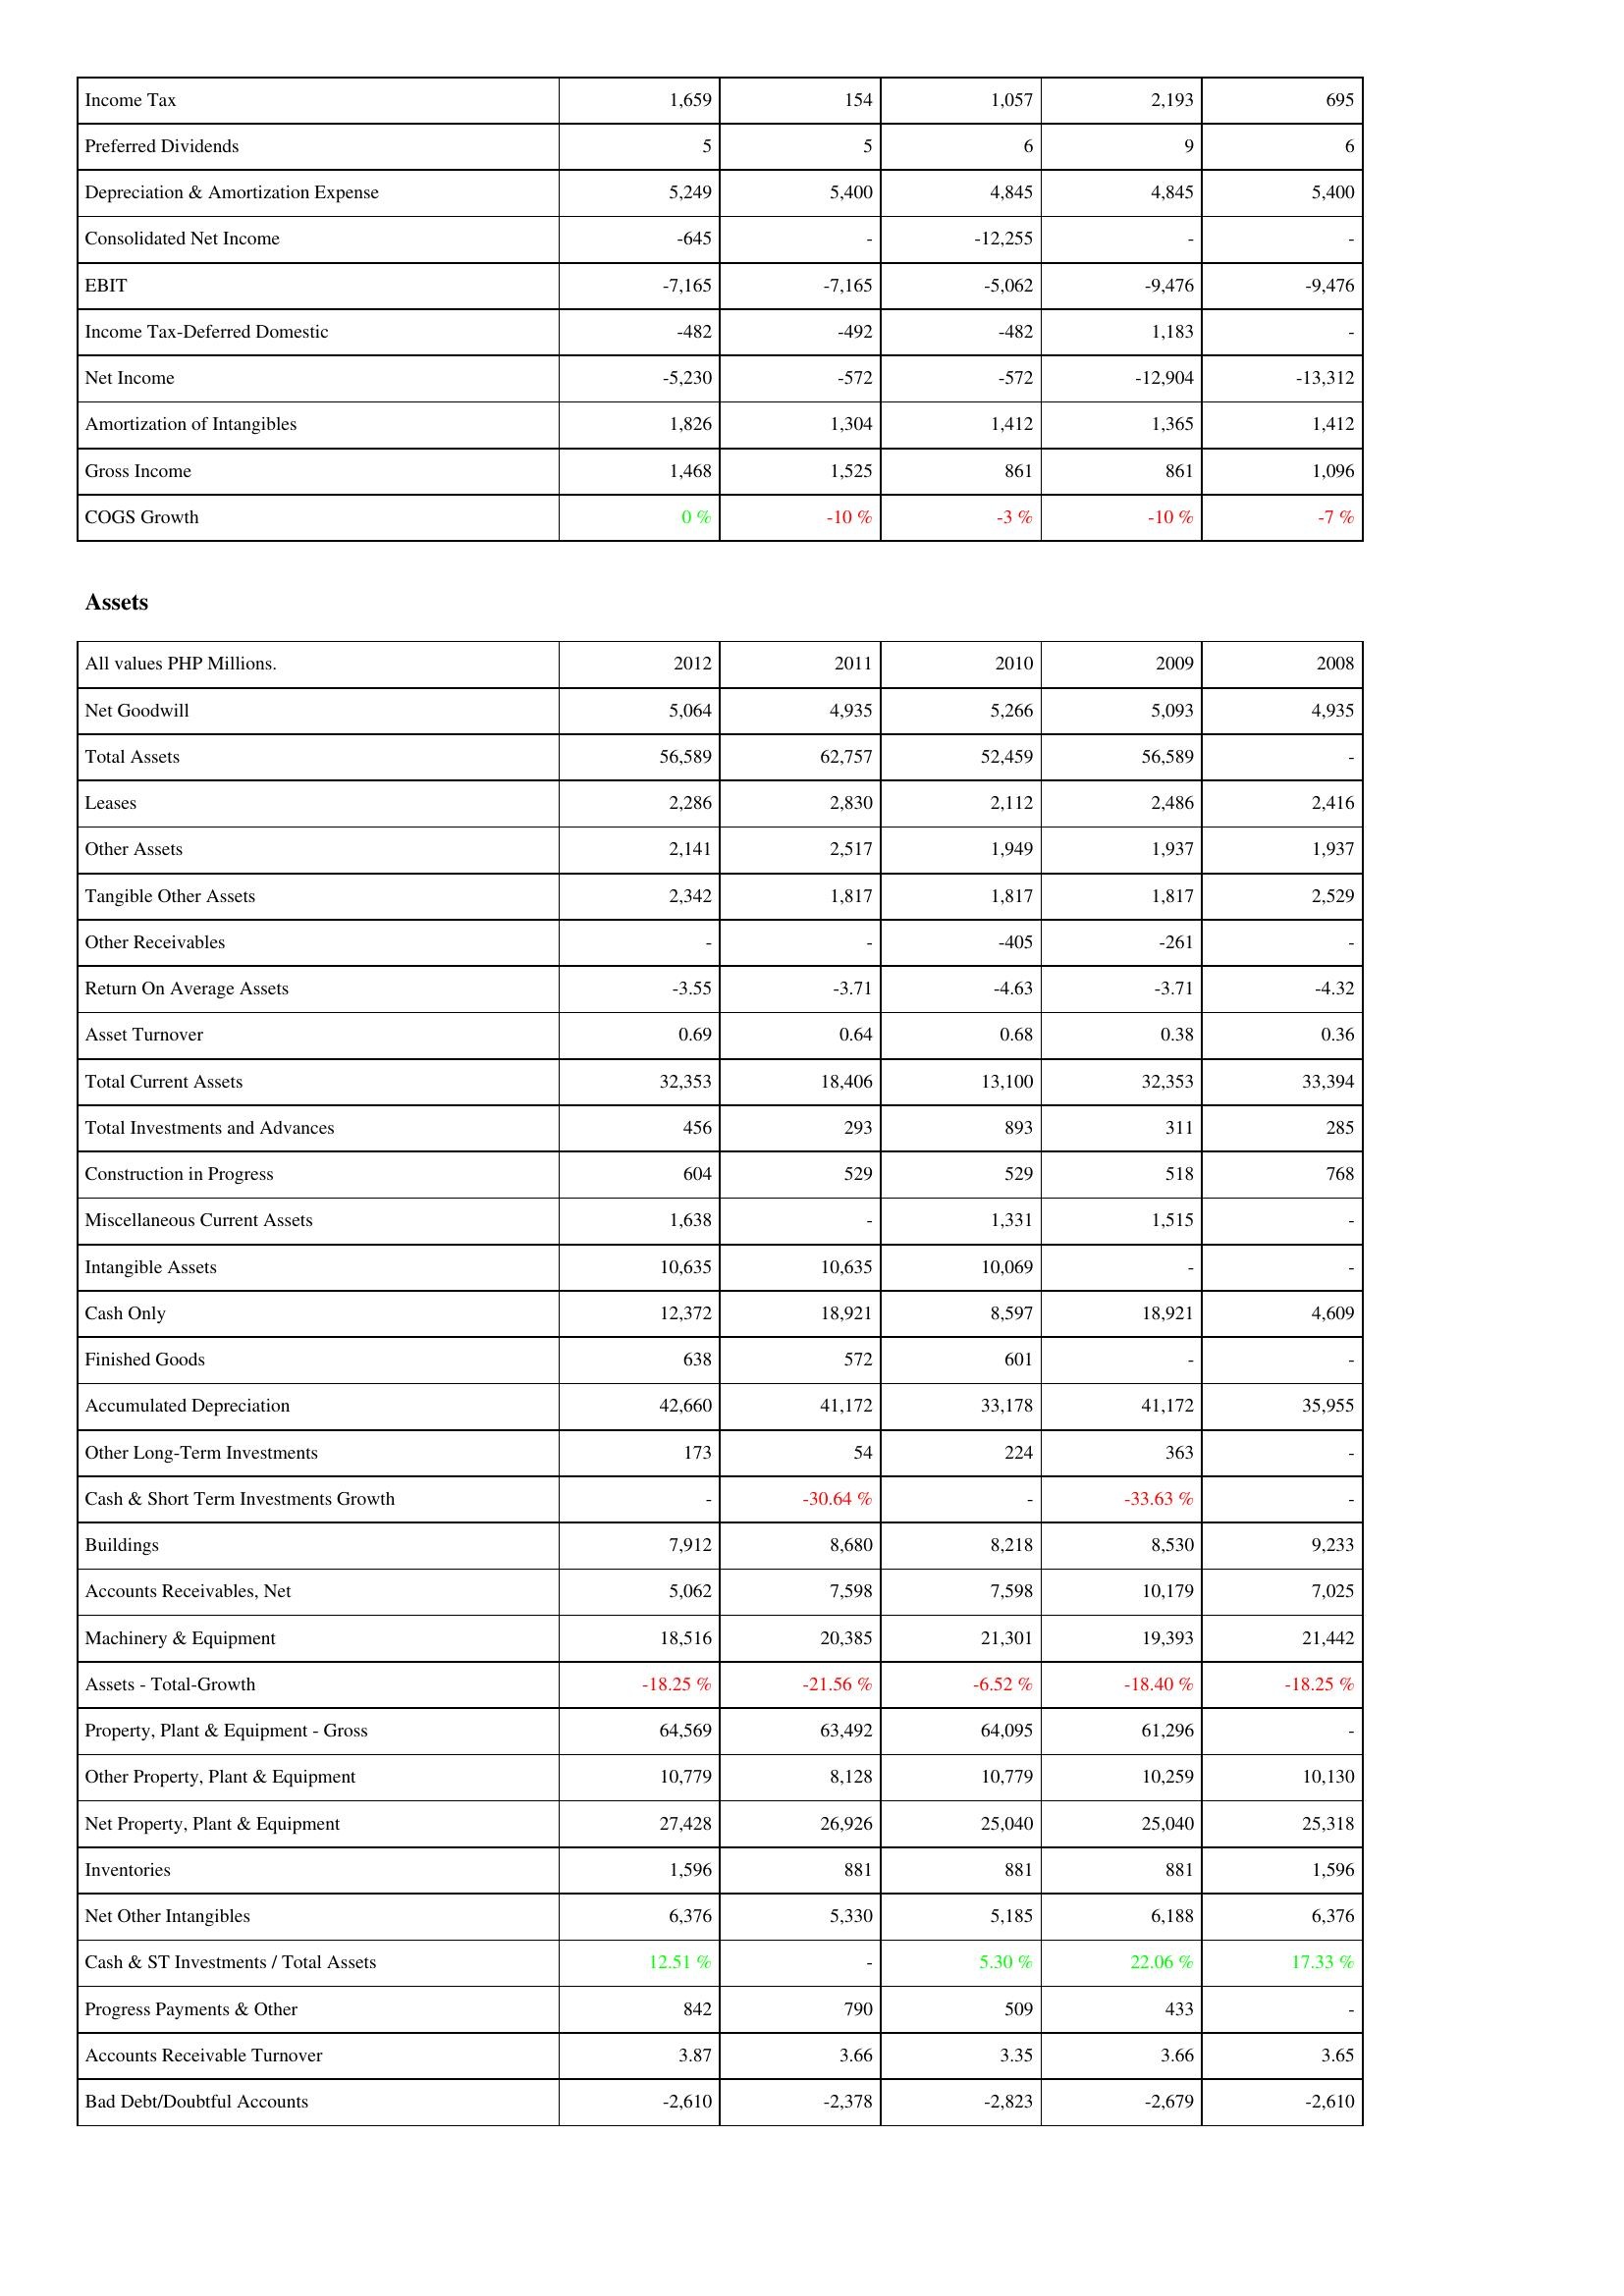
2012: Income Statement: Income Tax: 1,659
Preferred Dividends: 5
Depreciation & Amortization Expense: 5,249
Consolidated Net Income: -645
EBIT: -7,165
Income Tax-Deferred Domestic: -482
Net Income: -5,230
Amortization of Intangibles: 1,826
Gross Income: 1,468
COGS Growth: 0 %
Assets: Net Goodwill: 5,064
Total Assets: 56,589
Leases: 2,286
Other Assets: 2,141
Tangible Other Assets: 2,342
Other Receivables: -
Return On Average Assets: -3.55
Asset Turnover: 0.69
Total Current Assets: 32,353
Total Investments and Advances: 456
Construction in Progress: 604
Miscellaneous Current Assets: 1,638
Intangible Assets: 10,635
Cash Only: 12,372
Finished Goods: 638
Accumulated Depreciation: 42,660
Other Long-Term Investments: 173
Cash & Short Term Investments Growth: -
Buildings: 7,912
Accounts Receivables, Net: 5,062
Machinery & Equipment: 18,516
Assets - Total-Growth: -18.25 %
Property, Plant & Equipment - Gross: 64,569
Other Property, Plant & Equipment: 10,779
Net Property, Plant & Equipment: 27,428
Inventories: 1,596
Net Other Intangibles: 6,376
Cash & ST Investments / Total Assets: 12.51 %
Progress Payments & Other: 842
Accounts Receivable Turnover: 3.87
Bad Debt/Doubtful Accounts: -2,610
2011: Income Statement: Income Tax: 154
Preferred Dividends: 5
Depreciation & Amortization Expense: 5,400
Consolidated Net Income: -
EBIT: -7,165
Income Tax-Deferred Domestic: -492
Net Income: -572
Amortization of Intangibles: 1,304
Gross Income: 1,525
COGS Growth: -10 %
Assets: Net Goodwill: 4,935
Total Assets: 62,757
Leases: 2,830
Other Assets: 2,517
Tangible Other Assets: 1,817
Other Receivables: -
Return On Average Assets: -3.71
Asset Turnover: 0.64
Total Current Assets: 18,406
Total Investments and Advances: 293
Construction in Progress: 529
Miscellaneous Current Assets: -
Intangible Assets: 10,635
Cash Only: 18,921
Finished Goods: 572
Accumulated Depreciation: 41,172
Other Long-Term Investments: 54
Cash & Short Term Investments Growth: -30.64 %
Buildings: 8,680
Accounts Receivables, Net: 7,598
Machinery & Equipment: 20,385
Assets - Total-Growth: -21.56 %
Property, Plant & Equipment - Gross: 63,492
Other Property, Plant & Equipment: 8,128
Net Property, Plant & Equipment: 26,926
Inventories: 881
Net Other Intangibles: 5,330
Cash & ST Investments / Total Assets: -
Progress Payments & Other: 790
Accounts Receivable Turnover: 3.66
Bad Debt/Doubtful Accounts: -2,378
2010: Income Statement: Income Tax: 1,057
Preferred Dividends: 6
Depreciation & Amortization Expense: 4,845
Consolidated Net Income: -12,255
EBIT: -5,062
Income Tax-Deferred Domestic: -482
Net Income: -572
Amortization of Intangibles: 1,412
Gross Income: 861
COGS Growth: -3 %
Assets: Net Goodwill: 5,266
Total Assets: 52,459
Leases: 2,112
Other Assets: 1,949
Tangible Other Assets: 1,817
Other Receivables: -405
Return On Average Assets: -4.63
Asset Turnover: 0.68
Total Current Assets: 13,100
Total Investments and Advances: 893
Construction in Progress: 529
Miscellaneous Current Assets: 1,331
Intangible Assets: 10,069
Cash Only: 8,597
Finished Goods: 601
Accumulated Depreciation: 33,178
Other Long-Term Investments: 224
Cash & Short Term Investments Growth: -
Buildings: 8,218
Accounts Receivables, Net: 7,598
Machinery & Equipment: 21,301
Assets - Total-Growth: -6.52 %
Property, Plant & Equipment - Gross: 64,095
Other Property, Plant & Equipment: 10,779
Net Property, Plant & Equipment: 25,040
Inventories: 881
Net Other Intangibles: 5,185
Cash & ST Investments / Total Assets: 5.30 %
Progress Payments & Other: 509
Accounts Receivable Turnover: 3.35
Bad Debt/Doubtful Accounts: -2,823
2009: Income Statement: Income Tax: 2,193
Preferred Dividends: 9
Depreciation & Amortization Expense: 4,845
Consolidated Net Income: -
EBIT: -9,476
Income Tax-Deferred Domestic: 1,183
Net Income: -12,904
Amortization of Intangibles: 1,365
Gross Income: 861
COGS Growth: -10 %
Assets: Net Goodwill: 5,093
Total Assets: 56,589
Leases: 2,486
Other Assets: 1,937
Tangible Other Assets: 1,817
Other Receivables: -261
Return On Average Assets: -3.71
Asset Turnover: 0.38
Total Current Assets: 32,353
Total Investments and Advances: 311
Construction in Progress: 518
Miscellaneous Current Assets: 1,515
Intangible Assets: -
Cash Only: 18,921
Finished Goods: -
Accumulated Depreciation: 41,172
Other Long-Term Investments: 363
Cash & Short Term Investments Growth: -33.63 %
Buildings: 8,530
Accounts Receivables, Net: 10,179
Machinery & Equipment: 19,393
Assets - Total-Growth: -18.40 %
Property, Plant & Equipment - Gross: 61,296
Other Property, Plant & Equipment: 10,259
Net Property, Plant & Equipment: 25,040
Inventories: 881
Net Other Intangibles: 6,188
Cash & ST Investments / Total Assets: 22.06 %
Progress Payments & Other: 433
Accounts Receivable Turnover: 3.66
Bad Debt/Doubtful Accounts: -2,679
2008: Income Statement: Income Tax: 695
Preferred Dividends: 6
Depreciation & Amortization Expense: 5,400
Consolidated Net Income: -
EBIT: -9,476
Income Tax-Deferred Domestic: -
Net Income: -13,312
Amortization of Intangibles: 1,412
Gross Income: 1,096
COGS Growth: -7 %
Assets: Net Goodwill: 4,935
Total Assets: -
Leases: 2,416
Other Assets: 1,937
Tangible Other Assets: 2,529
Other Receivables: -
Return On Average Assets: -4.32
Asset Turnover: 0.36
Total Current Assets: 33,394
Total Investments and Advances: 285
Construction in Progress: 768
Miscellaneous Current Assets: -
Intangible Assets: -
Cash Only: 4,609
Finished Goods: -
Accumulated Depreciation: 35,955
Other Long-Term Investments: -
Cash & Short Term Investments Growth: -
Buildings: 9,233
Accounts Receivables, Net: 7,025
Machinery & Equipment: 21,442
Assets - Total-Growth: -18.25 %
Property, Plant & Equipment - Gross: -
Other Property, Plant & Equipment: 10,130
Net Property, Plant & Equipment: 25,318
Inventories: 1,596
Net Other Intangibles: 6,376
Cash & ST Investments / Total Assets: 17.33 %
Progress Payments & Other: -
Accounts Receivable Turnover: 3.65
Bad Debt/Doubtful Accounts: -2,610